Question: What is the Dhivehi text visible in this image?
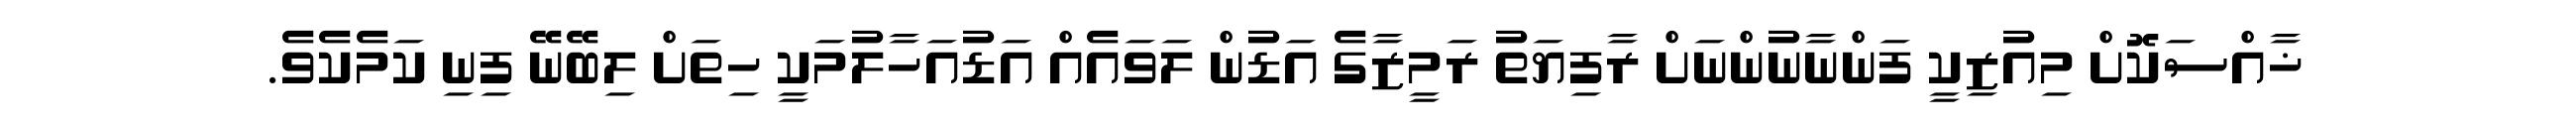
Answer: ޚާއްސަކޮށް މިއުޒިކީ ފަންނާނުންނަށް ރާފިޔަތު ރަމީޒާގެ އަޑުން ލަވައެއް އަޑުއަހާލުމަކީ ހިތަށް ލިބޭނޭ ފިނި ކަމެކެވެ.